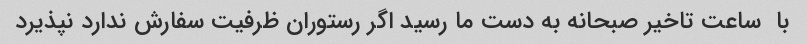
با  ساعت تاخیر صبحانه به دست ما رسید اگر رستوران ظرفیت سفارش ندارد نپذیرد